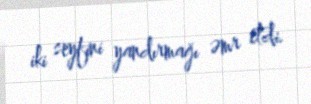
iki seyfini yandırmağı əmr etdi.